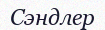
Сэндлер